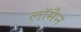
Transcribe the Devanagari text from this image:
लॉमैन